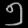
Digit: ၅